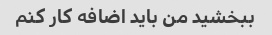
ببخشید من باید اضافه کار کنم